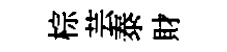
棕芸泰財